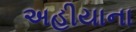
અહીયાના